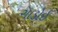
ગાડોઇ